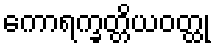
ကောရက္ခတ္တိယဝတ္ထု